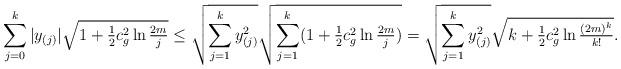
LaTeX: \begin{align*}\sum_{j=0}^k |y_{(j)}| \sqrt{1+\tfrac{1}{2}c_g^2 \ln\tfrac{2m}{j}} \le \sqrt{\sum_{j=1}^k y_{(j)}^2} \sqrt{\sum_{j=1}^k (1+\tfrac{1}{2}c_g^2 \ln\tfrac{2m}{j})}=\sqrt{\sum_{j=1}^k y_{(j)}^2}\sqrt{k+\tfrac{1}{2}c_g^2 \ln\tfrac{(2m)^k}{k!}}.\end{align*}